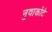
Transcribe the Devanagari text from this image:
नुवाकोटे